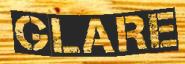
GLARE